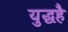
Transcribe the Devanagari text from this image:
युद्धहै